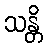
သန္တိ